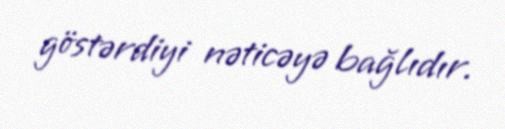
göstərdiyi nəticəyə bağlıdır.